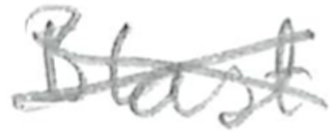
Text: Blast
Cross-out: cross
Writing tool: pencil